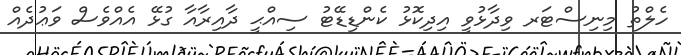
ހެލްތު މިނިސްޓަރ ވިދާޅުވީ އިދިކޮޅު ކެންޑިޑޭޓު ސިއްޙީ ދާއިރާއާ ގުޅޭ އެއްވެސް ވަޢުދެއް